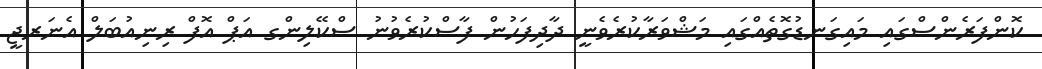
ކޮންފަރެންސްގައި މައިގަނޑުގޮތެއްގައި މަޝްވަރާކުރެވެނީ ދާދިފަހުން ފާސްކުރެވުނު ސްކޭލިންގ އަޕް އޮފް ރިނިއުބަލް އެނަރޖީ